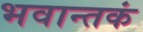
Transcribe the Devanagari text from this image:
भवान्तकं